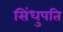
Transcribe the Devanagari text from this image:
सिंधुपति